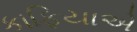
કાફિયાએ